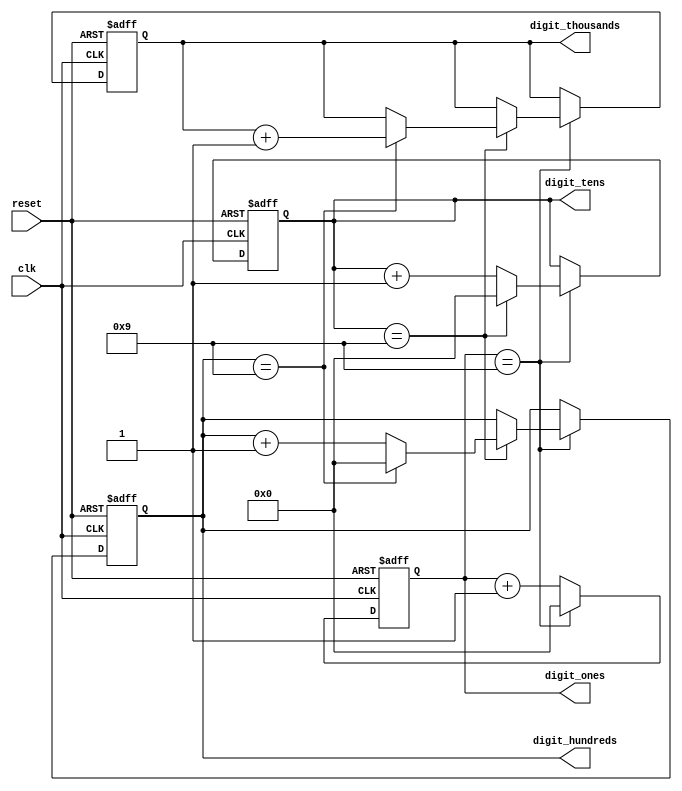
module BCD_Counter (
    input clk,
    input reset,
    output reg [3:0] digit_ones,
    output reg [3:0] digit_tens,
    output reg [3:0] digit_hundreds,
    output reg [3:0] digit_thousands
);

reg [3:0] count_ones;
reg [3:0] count_tens;
reg [3:0] count_hundreds;
reg [3:0] count_thousands;

always @ (posedge clk or posedge reset) begin
    if (reset) begin
        count_ones <= 4'b0000;
        count_tens <= 4'b0000;
        count_hundreds <= 4'b0000;
        count_thousands <= 4'b0000;
    end else begin
        if (count_ones == 4'b1001) begin
            count_ones <= 4'b0000;
            if (count_tens == 4'b1001) begin
                count_tens <= 4'b0000;
                if (count_hundreds == 4'b1001) begin
                    count_hundreds <= 4'b0000;
                    count_thousands <= count_thousands + 4'b0001;
                end else begin
                    count_hundreds <= count_hundreds + 4'b0001;
                end
            end else begin
                count_tens <= count_tens + 4'b0001;
            end
        end else begin
            count_ones <= count_ones + 4'b0001;
        end
    end
end

assign digit_ones = count_ones;
assign digit_tens = count_tens;
assign digit_hundreds = count_hundreds;
assign digit_thousands = count_thousands;

endmodule